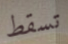
تسقط